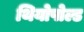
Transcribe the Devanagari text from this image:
थियोपोल्ड